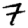
Digit: 7